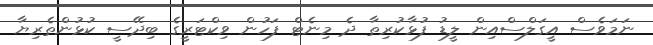
ނަމަވެސް އީގަލްސްއިން ލީޑު ފުޅާކުރިތާ ދެ މިނެޓް ފަހުން ވިކްޓަރީގެ ބިދޭސީ ކުޅުންތެރިޔާ